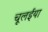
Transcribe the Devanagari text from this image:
चूलईया